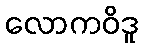
လောကဝိဒူ